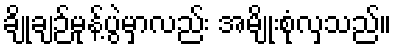
ချိုချဉ်မုန့်ပွဲမှာလည်း အမျိုးစုံလှသည်။